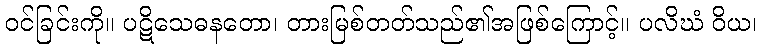
ဝင်ခြင်းကို။ ပဋိသေဓနတော၊ တားမြစ်တတ်သည်၏အဖြစ်ကြောင့်။ ပလိဃံ ဝိယ၊